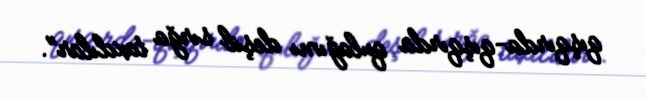
qışqırda-qışqırda qulağımı deşib sırğa taxdılar".